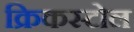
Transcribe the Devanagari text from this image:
क्रिकस्टोल